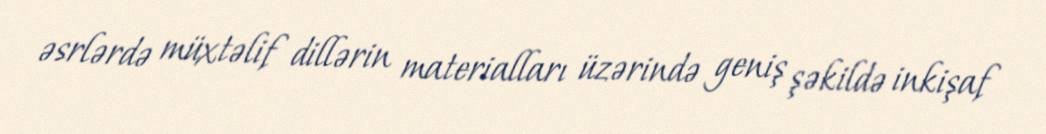
əsrlərdə müxtəlif dillərin materialları üzərində geniş şəkildə inkişaf